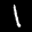
Label: 1